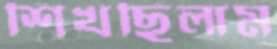
শিখছিলাম